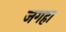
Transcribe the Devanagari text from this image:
जगहा